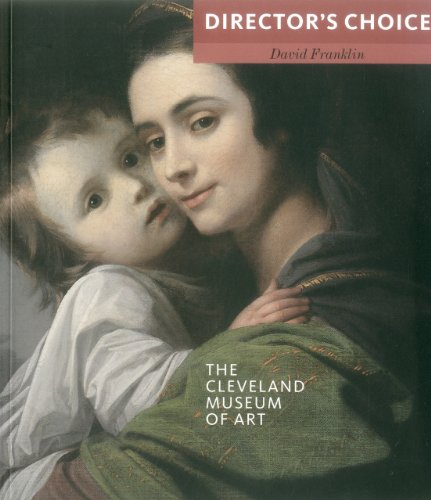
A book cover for The Cleveland Museum of Art: Director's Choice; David Franklin; Travel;